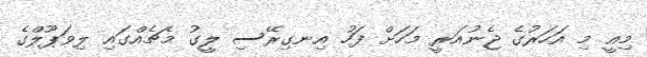
މިއީ މި އަހަރުގެ ޖެނުއަރީ މަހަށް ފަހު އިނގިރޭސި ލީގު މެޗެއްގައި ލިވަޕޫލްގެ